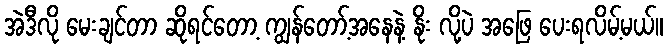
အဲဒီလို မေးချင်တာ ဆိုရင်တော့ ကျွန်တော့်အနေနဲ့ နိုး လို့ပဲ အဖြေ ပေးရလိမ့်မယ်။